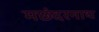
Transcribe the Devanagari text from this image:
मछंदरनाथ